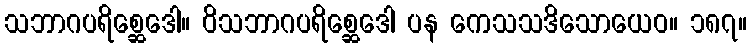
သဘာဂပရိစ္ဆေဒေါ။ ဝိသဘာဂပရိစ္ဆေဒေါ ပန ကေသသဒိသောယေဝ။ ၁၈၇။